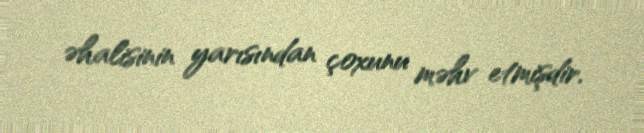
əhalisinin yarısından çoxunu məhv etmişdir.